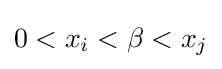
0<x_{i}<\beta <x_{j}